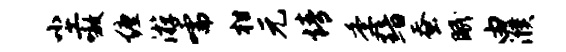
尘嗷缠游嚅柑元情季黯蚕眠由濮